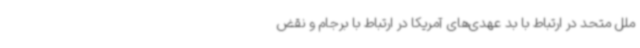
ملل متحد در ارتباط با بد عهدی‌های آمریکا در ارتباط با برجام و نقض